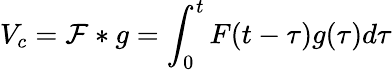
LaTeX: V_{c}=\mathcal{F}*g=\int_{0}^{t}F(t-\tau)g(\tau)d\tau